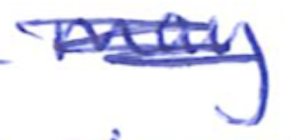
Text: may
Cross-out: scratch
Writing tool: ballpoint